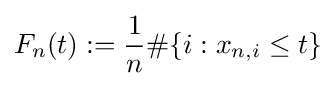
F_{n}(t):={\frac {1}{n}}\#\{i:x_{n,i}\leq t\}